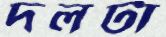
দলটা